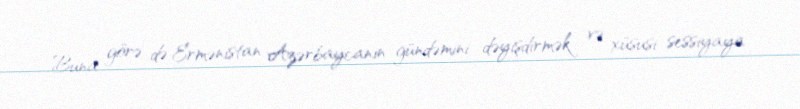
Buna görə də Ermənistan Azərbaycanın gündəmini dəyişdirmək və xüsusi sessiyaya